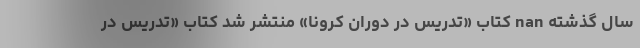
سال گذشته nan کتاب «تدریس در دوران کرونا» منتشر شد کتاب «تدریس در